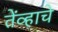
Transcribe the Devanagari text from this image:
तेंव्हाचे